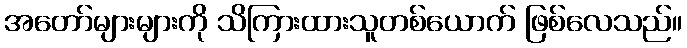
အတော်များများကို သိကြားထားသူတစ်ယောက် ဖြစ်လေသည်။